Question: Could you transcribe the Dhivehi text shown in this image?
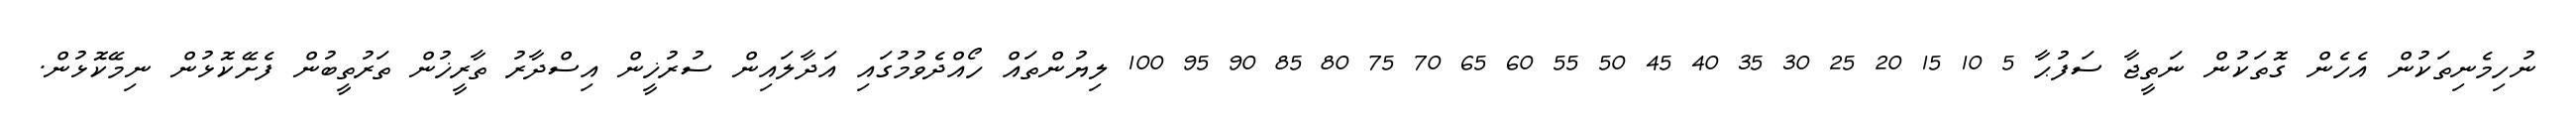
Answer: ނުހިމެނިތަކުން އެހެން ގޮތަކުން ނަތީޖާ ސަފުޙާ 5 10 15 20 25 30 35 40 45 50 55 60 65 70 75 80 85 90 95 100 ލިޔުންތައް ހޯއްދެވުމުގައި އަދާލައިން ސުރުޚީން އިސްދާރު ތާރީޚުން ތަރުތީބުން ފެށޭކޮޅުން ނިމޭކޮޅުން.